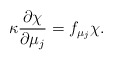
\begin{align*}\kappa \frac{\partial \chi}{\partial \mu_j} = f_{\mu_j} \chi .\end{align*}